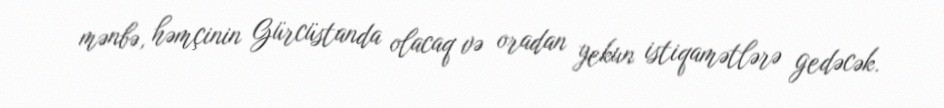
mənbə, həmçinin Gürcüstanda olacaq və oradan yekun istiqamətlərə gedəcək.